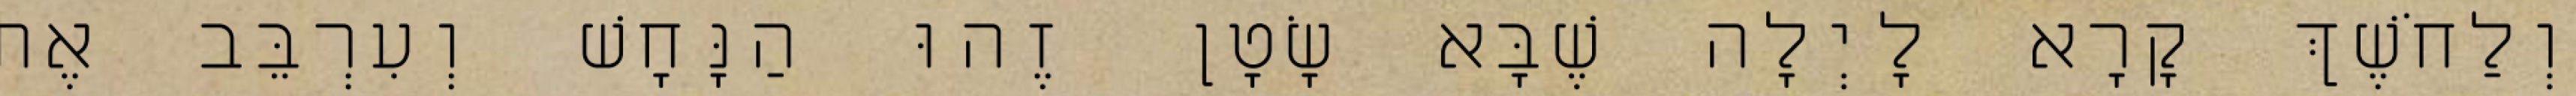
וְלַחֹשֶׁךְ קָרָא לָיְלָה שֶׁבָּא שָׂטָן זֶהוּ הַנָּחָשׁ וְעִרְבֵּב אֶת